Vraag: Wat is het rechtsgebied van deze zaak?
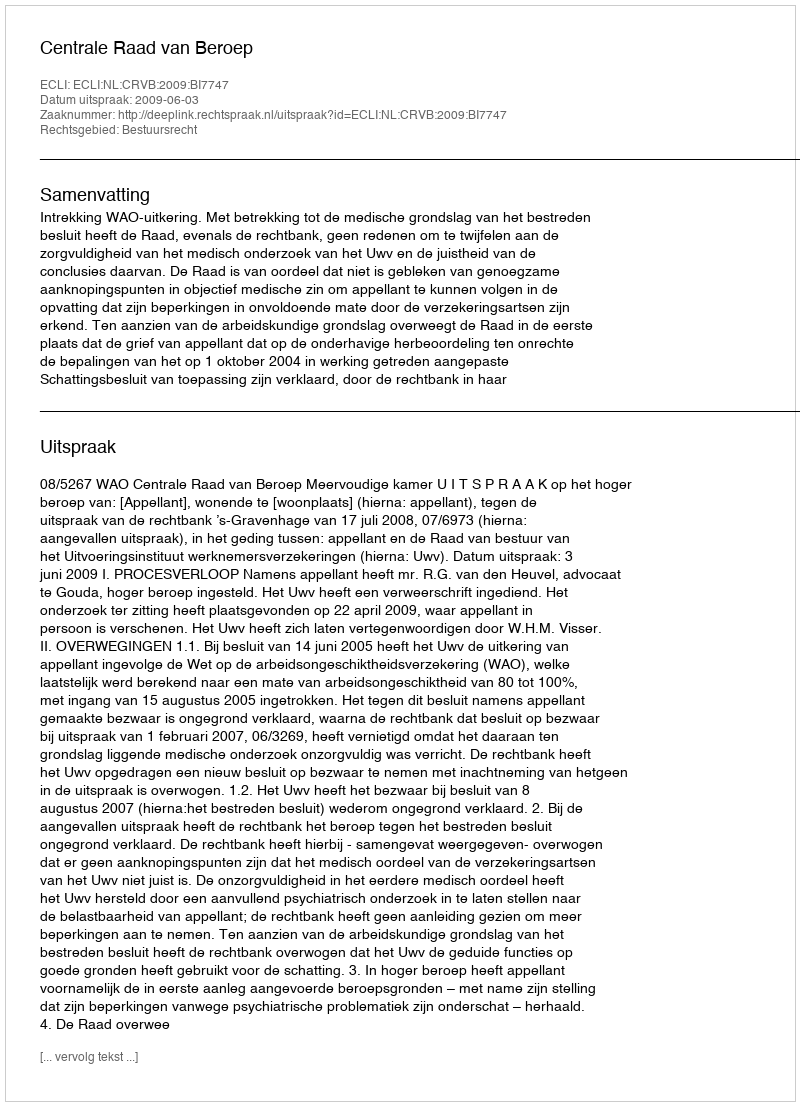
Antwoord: Bestuursrecht